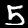
Label: 5